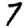
Digit: 7